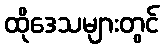
ထိုဒေသများတွင်